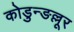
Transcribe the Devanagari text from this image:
कोडुन्ङल्लूर